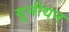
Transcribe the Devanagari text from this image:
यूनीयन